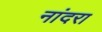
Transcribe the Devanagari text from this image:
नांदरा